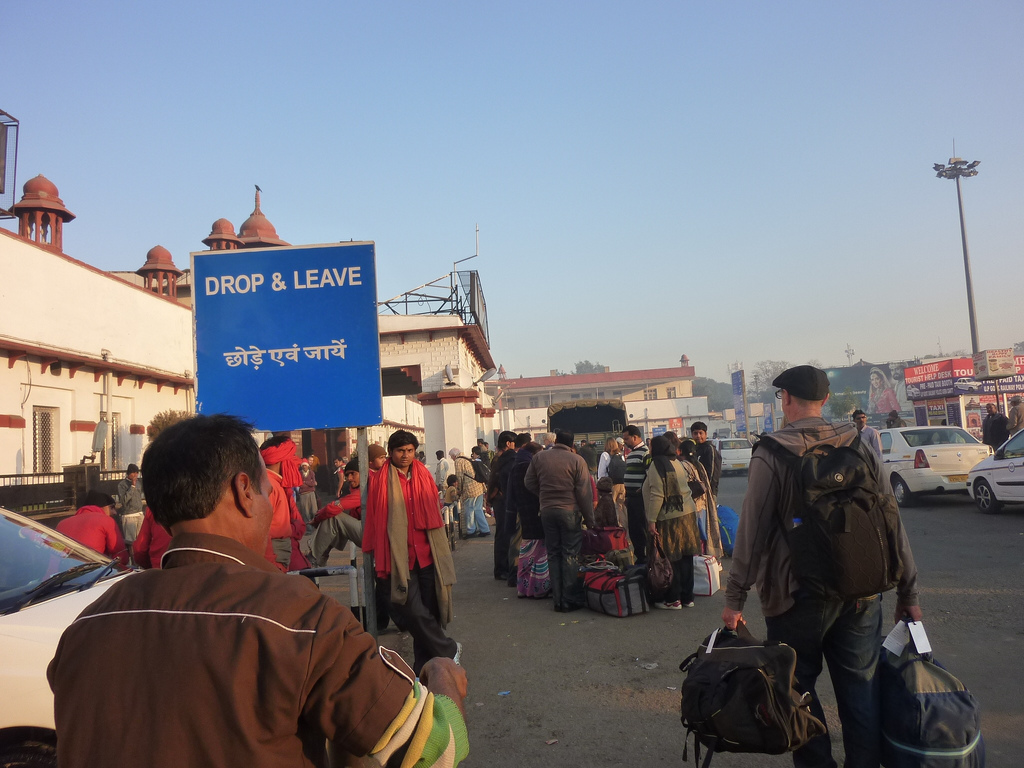
Language: hindi
Transcription: जायें एवं